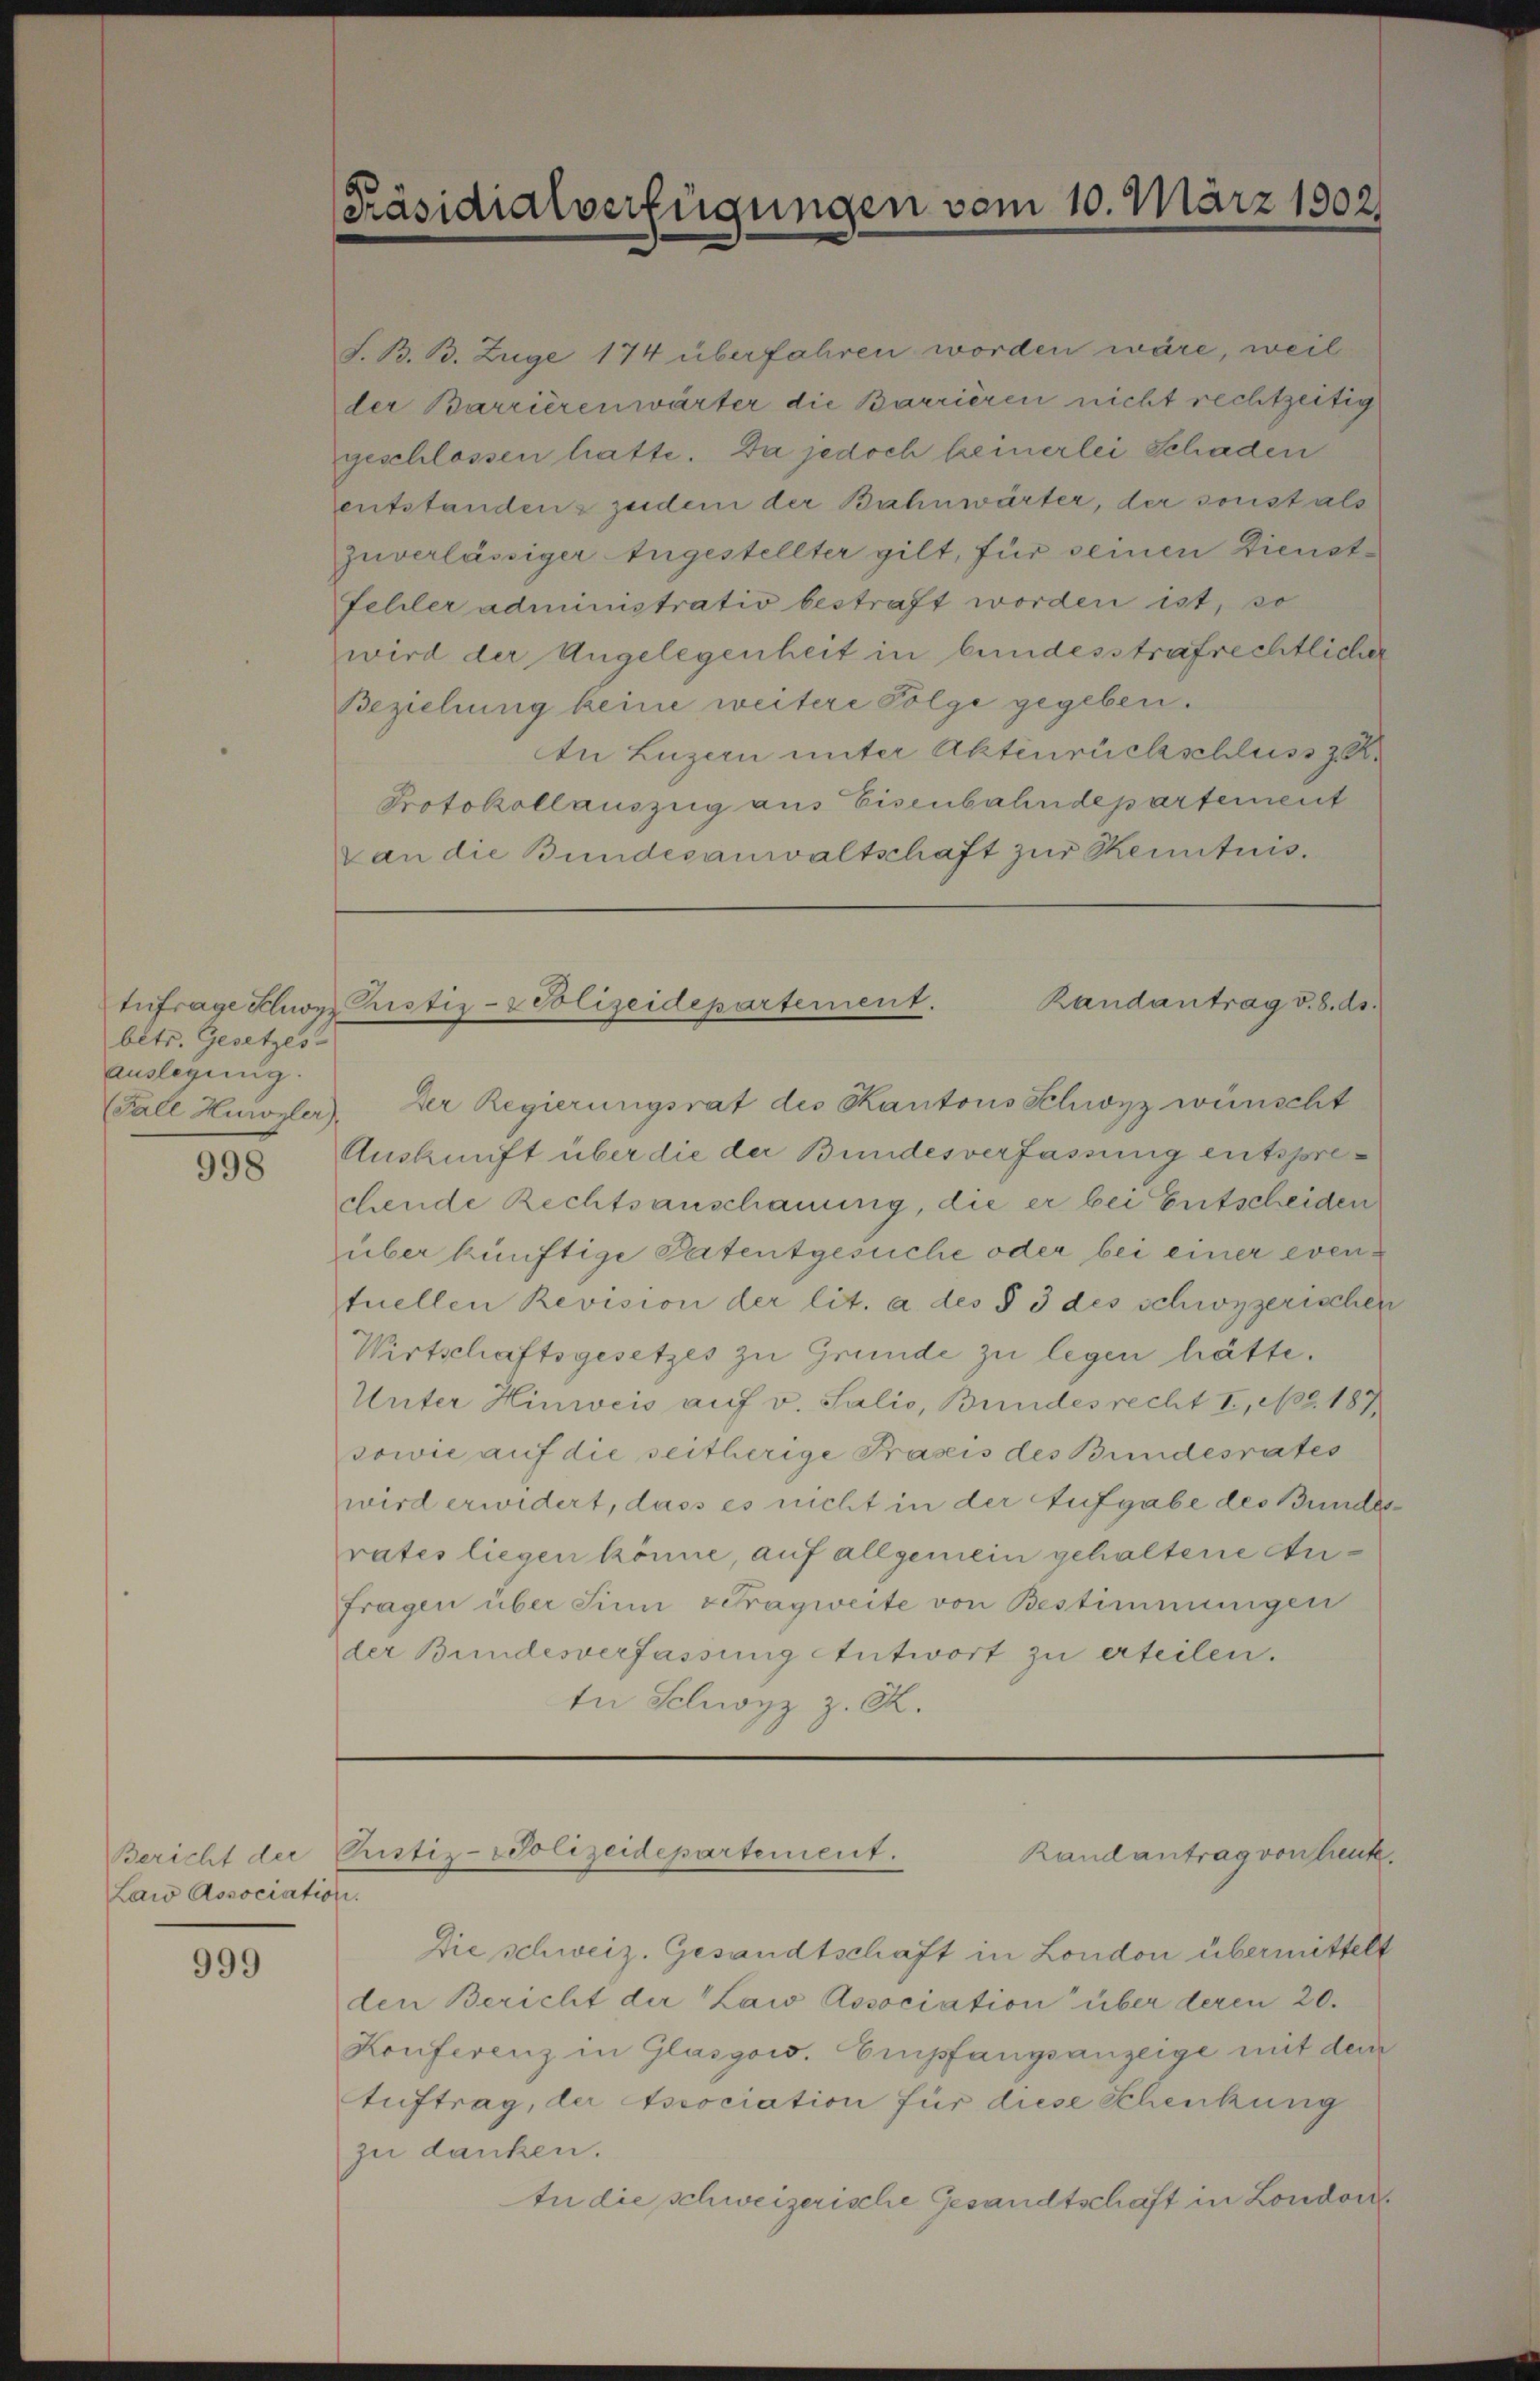
betr. Gesetzes
auslegung.

998

Law Association.

999

Präsidialverfügungen vom 10. März 1802.

S. B. B. Zuge 174 überfahren worden wäre, weil
der Barrièrenwärter die Barrieren nicht rechtzeitig
geschlossen hatte. Da jedoch heinerlei Schaden
entstandenz zudem der Bahnwärter, der sonst als
zuverlässiger Angestellter gilt, für seinen Dienst¬
Fehler administrativ bestraft worden ist, so
wird der Angelegenheit in bundesstrafrechtlicher
Beziehung keine weitere Folge gegeben.
In Luzern unter Aktinrückschluss z
Protokollauszug aus Eisenbahndepartement
van die Bundesanwaltschaft zur Kenntnis.

Randantrag v. 8. ds.
Anfrage Sluon Justiz- & Polizeidepartement.

Bericht der Pristiz-Polizeidepartement.
Randantrag von heute.

Fall Hurozler. Der Regierungsrat des Kantons Schwyz wünscht
Auskunft über die der Bundesverfassung entsprechende Rechtsanschauung, die er bei Entscheiden
über künftige Patentgesuche oder bei einer eventuellen Revision der lit. a des § 3 des schwyzerischen
Wirtschaftsgesetzes zu Gründe zu legen hätte.
Unter Hinweis auf v. Salio, Bundesrecht I., Nr. 187
sowie auf die seitherige Praxis des Bundesrates
wird erwidert, dass es nicht in der Aufgabe des Bundes
rates liegen könne, auf allgemein gehaltene Anfragen über Sinn Tragweite von Bestimmungen
der Bundesverfassung Antwort zu erteilen.
te Schwyz z. B.

Die schweiz. Gesandtschaft in London übermittelt
den Bericht der Law Association über deren 20.
Konferenz in Glasgow. Empfangsanzeige mit den
tuftrag, der sociation für diese Schenkung
zu danken.
In die schweizerische Gesandtschaft in Londor